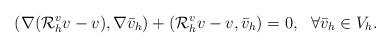
LaTeX: \begin{align*}(\nabla (\mathcal{R}_h^v v - v),\nabla \bar{v}_h) + (\mathcal{R}_h^v v - v, \bar{v}_h)=0,\ \ \forall \bar{v}_h\in V_h .\end{align*}